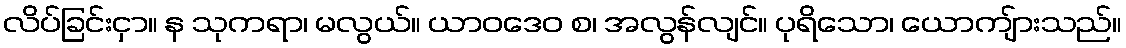
လိပ်ခြင်းငှာ။ န သုကရာ၊ မလွယ်။ ယာဝဒေဝ စ၊ အလွန်လျင်။ ပုရိသော၊ ယောကျ်ားသည်။